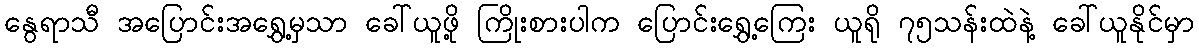
နွေရာသီ အပြောင်းအရွှေ့မှသာ ခေါ်ယူဖို့ ကြိုးစားပါက ပြောင်းရွှေ့ကြေး ယူရို ၇၅သန်းထဲနဲ့ ခေါ်ယူနိုင်မှာ